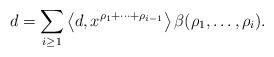
LaTeX: \begin{align*}d & = \sum_{i \geq 1 } \left\langle d , x^{\rho_1 + \cdots + \rho_{i-1}} \right\rangle \beta(\rho_1, \dots , \rho_i).\end{align*}